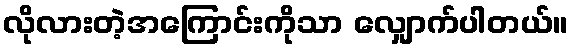
လိုလားတဲ့အကြောင်းကိုသာ လျှောက်ပါတယ်။